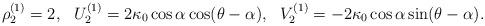
LaTeX: \begin{align*}{\rho_{2}^{(1)}}=2,~~{U_{2}^{(1)}}=2\kappa_0\cos\alpha\cos(\theta-\alpha),~~{V_{2}^{(1)}}=-2\kappa_0\cos\alpha\sin(\theta-\alpha).\end{align*}